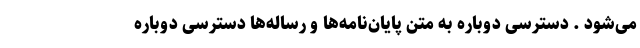
می‌شود . دسترسی دوباره به متن پایان‌نامه‌ها و رساله‌ها دسترسی دوباره